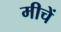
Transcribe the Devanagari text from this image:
मीचें